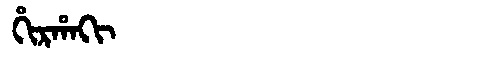
Manchu: ᡥᡳᡵᡥᠠᡴᡳ
Romanization: HIRHAKI